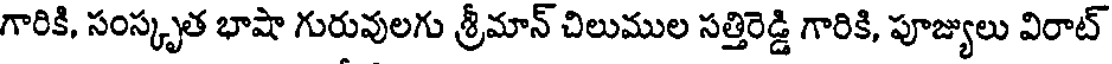
గారికి, సంస్కృత భాషా గురువులగు శ్రీమాన్ చిలుముల సత్తిరెడ్డి గారికి, పూజ్యులు విరాట్